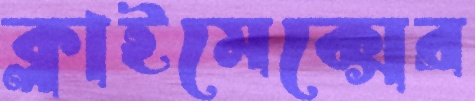
ক্লাইমেক্সের